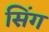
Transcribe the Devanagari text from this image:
सिँग